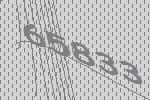
65833